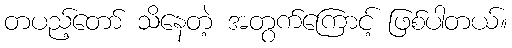
တပည့်တော် သိနေတဲ့ အတွက်ကြောင့် ဖြစ်ပါတယ်။